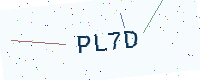
Text: PL7D